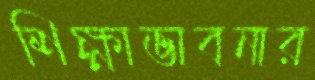
শিক্ষাভাবনার